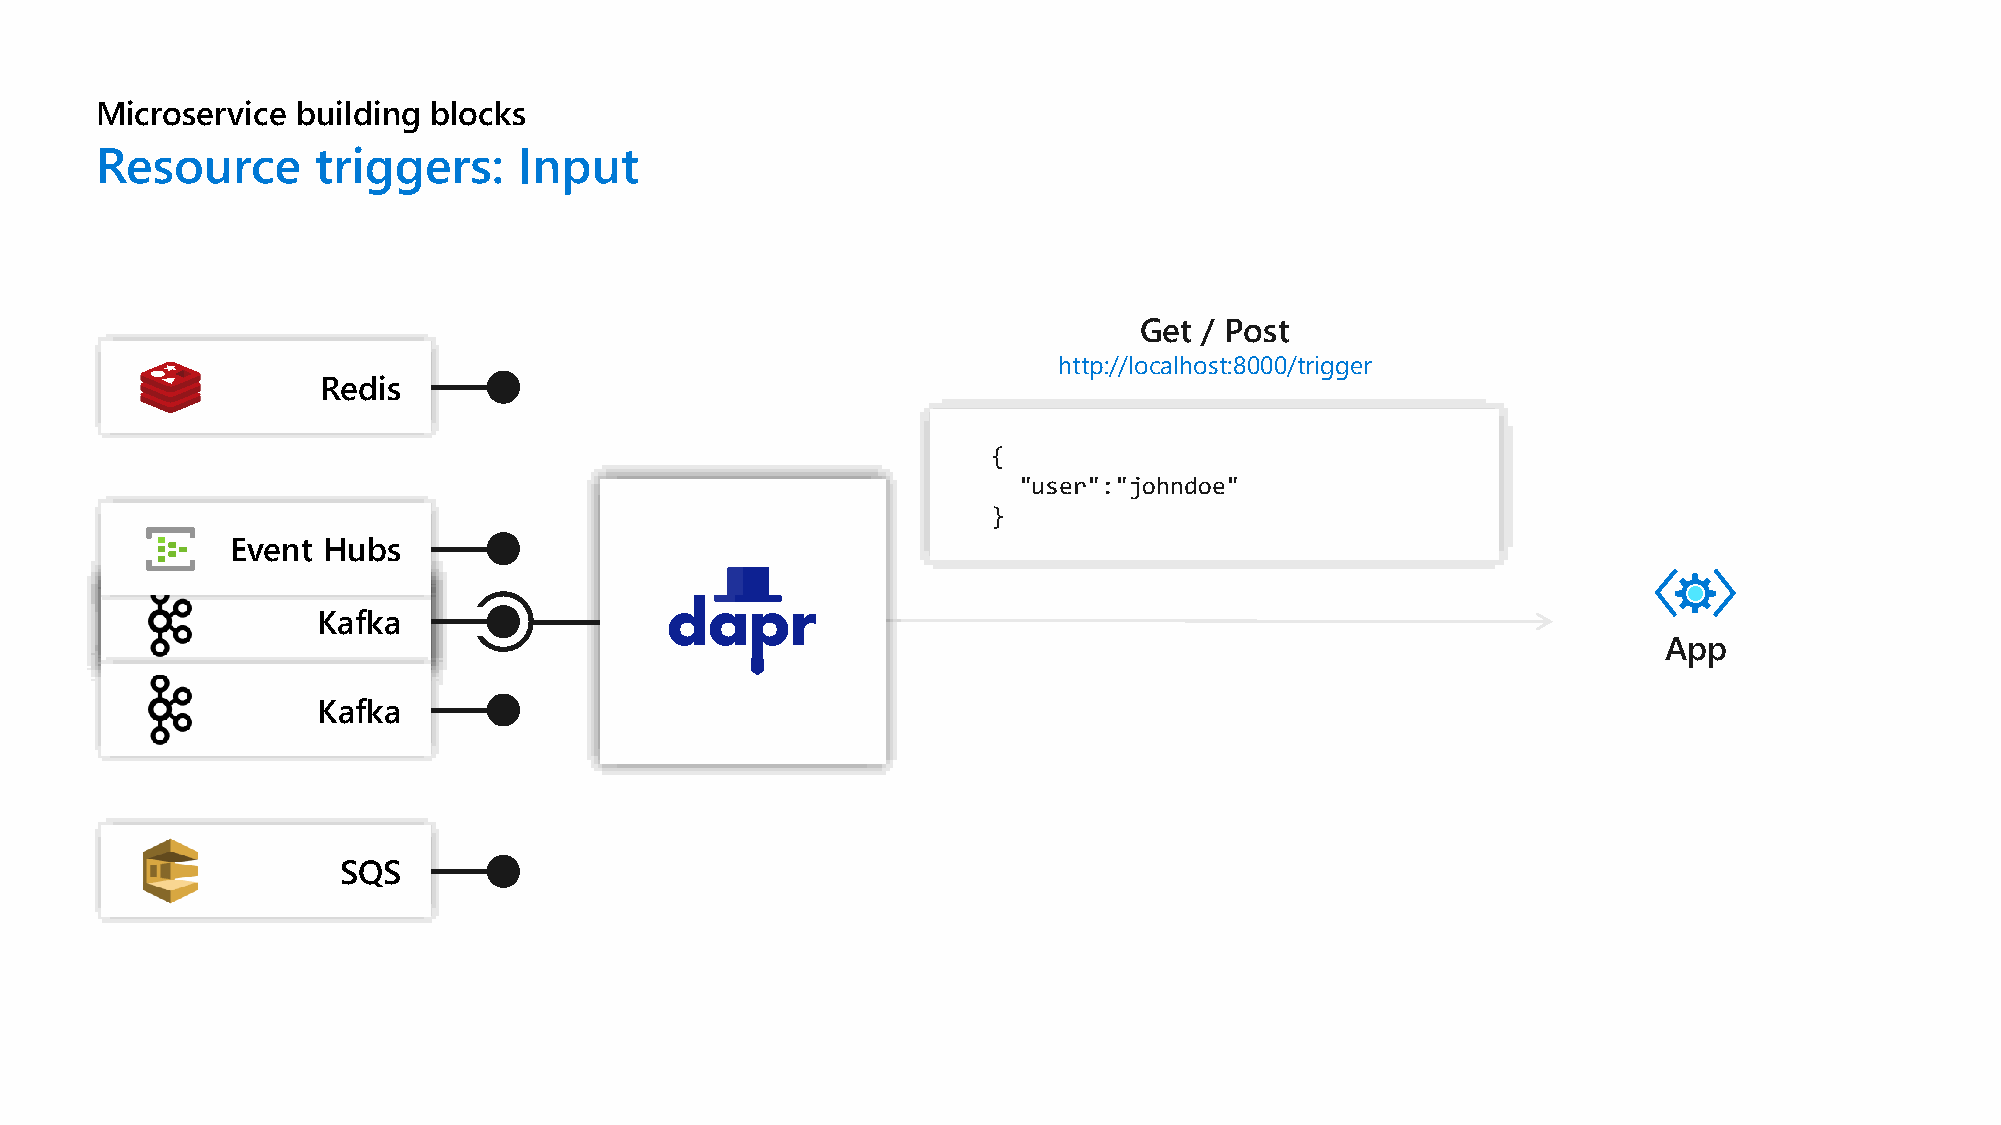
Microservice  building blocks
 Resource       triggers:    Input
 Get  / Post
 http://localhost:8000/trigger
 Redis
 {
 "user":"johndoe"
 }
 Event Hubs
 Event KRHaSeufQdkbiSass
 App
 Kafka
 SQS